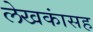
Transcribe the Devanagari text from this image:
लेखकांसह